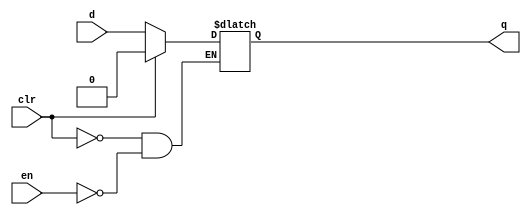
`timescale 1ns / 1ps
//////////////////////////////////////////////////////////////////////////////////
// Company: 
// Engineer: 
// 
// Design Name: 
// Module Name: IntLatch
// Project Name: 
// Target Devices: 
// Tool Versions: 
// Description: 
// 
// Dependencies: 
// 
// Revision:
// Revision 0.01 - File Created
// Additional Comments:
// 
//////////////////////////////////////////////////////////////////////////////////


module IntLatch(
input d, clr, en, 
output reg q
    );
    reg signal;
always @ (*)
    begin
        if (clr)
            begin
                q <= 0;
            end
        else
            begin
                q <= (en) ? d : q;
            end
    end    
endmodule